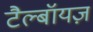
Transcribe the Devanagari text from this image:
टैल्बॉयज़